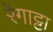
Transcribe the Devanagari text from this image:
रेगाट्टा